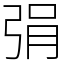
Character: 弲